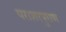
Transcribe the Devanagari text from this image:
पराशरपुराण